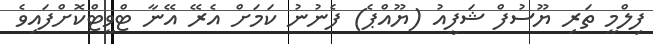
ފިލްމީ ތަރި ޔޫސުފް ޝަފީއު (ޔޫއްޕެ) ފެނުނު ކަމަށް އެރޭ އޭނާ ޓްވީޓްކޮށްފައިވެ